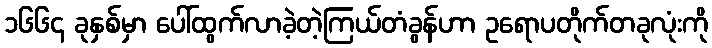
၁၆၆၄ ခုနှစ်မှာ ပေါ်ထွက်လာခဲ့တဲ့ကြယ်တံခွန်ဟာ ဥရောပတိုက်တခုလုံးကို